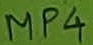
Text: MP4